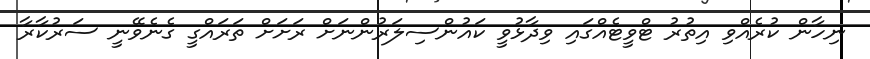
ނިހާން ކުރެއްވި އިތުރު ޓްވީޓެއްގައި ވިދާޅުވީ ކައުންސިލަރުންނަށް ރަށަށް ތަރައްގީ ގެނެވޭނީ ސަރުކާރާ